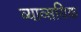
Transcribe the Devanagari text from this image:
व्याव्सयिक